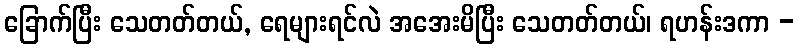
ခြောက်ပြီး သေတတ်တယ်, ရေများရင်လဲ အအေးမိပြီး သေတတ်တယ်၊ ရဟန်းဒကာ -